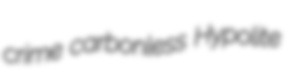
crime carbonless Hypolite